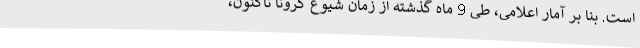
است. بنا بر آمار اعلامی، طی 9 ماه گذشته از زمان شیوع کرونا تاکنون،